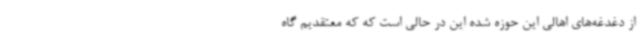
از دغدغه‌های اهالی این حوزه شده این در حالی است که که معتقدیم گاه